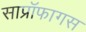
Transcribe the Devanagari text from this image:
साप्रॉफागस